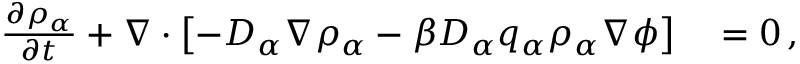
\begin{array} { r l } { \frac { \partial \rho _ { \alpha } } { \partial t } + \nabla \cdot \left[ - D _ { \alpha } \nabla \rho _ { \alpha } - \beta D _ { \alpha } q _ { \alpha } \rho _ { \alpha } \nabla \phi \right] } & { { } = 0 \, , } \end{array}